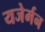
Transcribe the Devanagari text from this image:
यजेर्मन